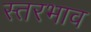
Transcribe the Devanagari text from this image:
स्तरभाव